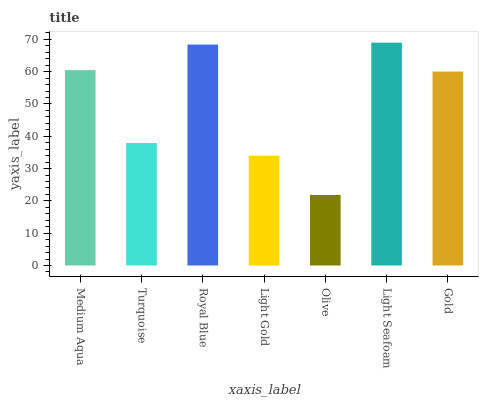
| xaxis_label | bars |
 | --- | --- |
 | Medium Aqua | 60.5 |
 | Turquoise | 37.9 |
 | Royal Blue | 68.4 |
 | Light Gold | 34 |
 | Olive | 21.8 |
 | Light Seafoam | 69 |
 | Gold | 60 |